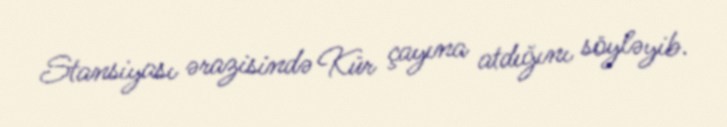
Stansiyası ərazisində Kür çayına atdığını söyləyib.